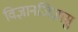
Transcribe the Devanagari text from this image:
विज्ञानजिज्ञासु